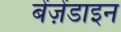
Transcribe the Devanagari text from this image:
बेंज़ेंडाइन